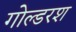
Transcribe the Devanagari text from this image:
गोल्डरश